Report of the Indian Hemp Drugs Commission, 1894-1895 - Volume VI
Year: 1894
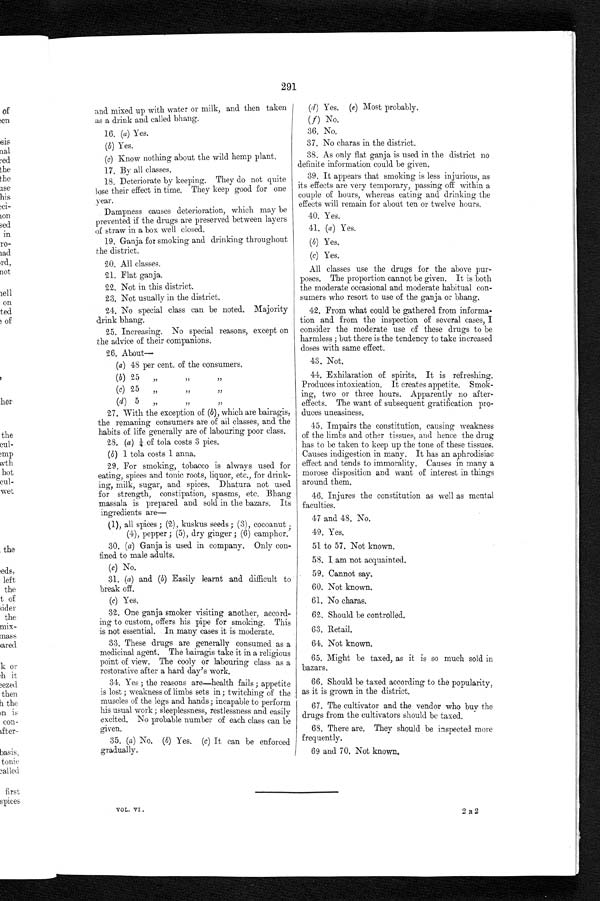
291
and mixed up with water or milk, and then taken
as a drink and called bhang.
16. (a) Yes.
(b). Yes.
(c). Know nothing about the wild hemp plant.
17. By all classes.
18. Deteriorate by keeping. They do not quite
lose their effect in time. They keep good for one
year.
Dampness causes deterioration, which may be
prevented if the drugs are preserved between layers
of straw in a box well closed.
19. Ganja for smoking and drinking throughout
the district.
20. All classes.
21. Flat ganja.
22. Not in this district.
23. Not usually in the district.
24. No special class can be noted. Majority
drink bhang.
2 5 . I n c r e a s i n g . No s p e c i a l r e a s o n s , e x c e p t o n
the advice of their companions.
26. About
—
(a) 48 per cent. of the consumers.
(b) 25 " " "
(c)
2 5
" " "
(
d
) 5 " " "
27. With the exception of (b) ,
which are bairagis,
the remaning consumers are of ail classes, and the
habits of life generally are of labouring poor class.
28. (a) ¼ of tola costs 3 pies.
(b) 1 tola costs 1 anna.
29. For smoking, tobacco is always used for
eating, spices and tonic roots, liquor, etc., for drink-
ing, milk, sugar, and spices. Dhatura not used
for strength, constipation, spasms, etc. Bhang
m a s s a l a i s p r e p a r e d a n d s o l d i n t h e b a z a r s . I t s
ingredients are
—
(1), all spices; (2), kuskus seeds; (3),
'
cocoanut.
(4), pepper; (5), dry ginger; (6) camphor.
30. (a) Ganja is used in company. Only con-
fined to male adults.
(c) No.
31. (a) and (b) Easily learnt and difficult to
break off.
(c) Yes.
32. One ganja smoker visiting another, accord-
ing to custom, offers his pipe for smoking. This
is not essential. In. many cases it is moderate.
33. These drugs are generally consumed as a
medicinal agent. The bairagis take it in a religious
point of view. The cooly or labouring class as a
restorative after a hard day's work.
34. Yes; the reasons are—health fails; appetite
is lost; weakness of limbs sets in; twitching of the
muscles of the legs and hands; incapable to perform
his usual work; sleeplessness, restlessness and easily
excited. No probable number of each class can be
given.
35. (a) No. (b) Yes. (c) It can be enforced
gradually.
(d) Yes. (e) Most probably.
(f) No.
36. No.
37. No charas in the district.
38. As only flat ganja is used in the district no
definite information could be given.
39. It appears that smoking is less injurious, as
its effects are very temporary, passing off within a
couple of hours, whereas eating and drinking the
effects will remain for about ten or twelve hours.
40. Yes.
41. (a) Yes.
(b) Yes.
(c) Yes.
All classes use the drugs for the above pur-
poses. The proportion cannot be given. It is both
the moderate occasional and moderate habitual con-
sumers who resort to use of the ganja or bhang.
42. From what could be gathered from informa-
tion and from the inspection of several cases, I
consider the moderate use of these drugs to be
harmless; but there is the tendency to take increased
doses with same effect.
43. Not.
44. Exhilaration of spirits. It is refreshing.
Produces intoxication. It creates appetite. Smok-
ing, two or three hours. Apparently no after-
effects. The want of subsequent gratification pro-
duces uneasiness.
45. Impairs the constitution, causing weakness
of the limbs and other tissues, and hence the drug
has to be taken to keep up the tone of these tissues.
Causes indigestion in many. It has an aphrodisiac
effect and tends to immorality. Causes in many a
morose disposition and want of interest in things
around them.
46. Injures the constitution as well as mental
faculties.
47 and 48. No.
49. Yes.
51 to 57. Not known.
58. I am not acquainted.
59. Cannot say.
60. Not known.
61. No char as.
62. Should be controlled.
6 3 . Re t a i l .
64. Not known.
6 5 . M i g h t b e t a x e d , a s i t i s s o m u c h s o l d i n
bazars.
66. Should be taxed according to the popularity,
as it is grown in the district.
67. The cultivator and the vendor who buy the
drugs from the cultivators should be taxed.
68. There are. They should be inspected more
frequently.
69 and 70. Not known.
VOL. VI.
2 R 2